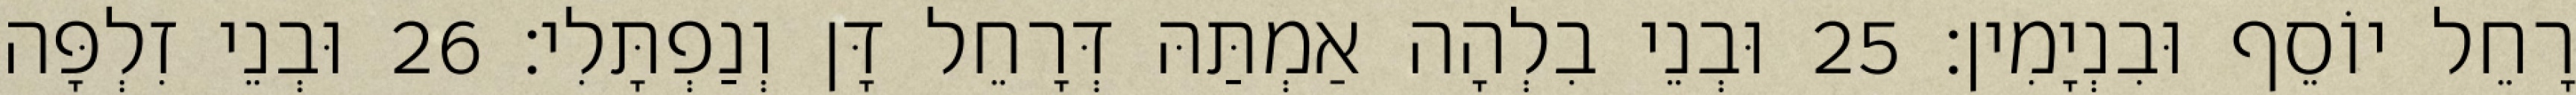
רָחֵל יוֹסֵף וּבִנְיָמִין׃ 25 וּבְנֵי בִלְהָה אַמְתַּהּ דְּרָחֵל דָּן וְנַפְתָּלִי׃ 26 וּבְנֵי זִלְפָּה